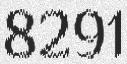
8291